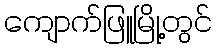
ကျောက်ဖြူမြို့တွင်